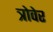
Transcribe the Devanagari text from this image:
त्रोवेर